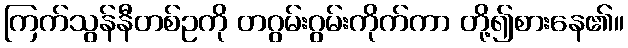
ကြက်သွန်နီတစ်ဥကို တဂွမ်းဂွမ်းကိုက်ကာ တို့၍စားနေ၏။